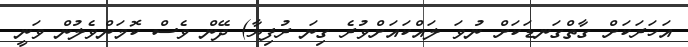
އަހަރަކަށް ގާތްގަނޑަކަށް ނުވަ ލައްކަައަށްވުރެ ގިނަ ރުފިޔާ) ދޭން ވެސް ކޮމަންވެލުން ވަނީ